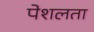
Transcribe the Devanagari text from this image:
पेशलता